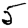
Digit: 5